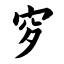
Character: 穸